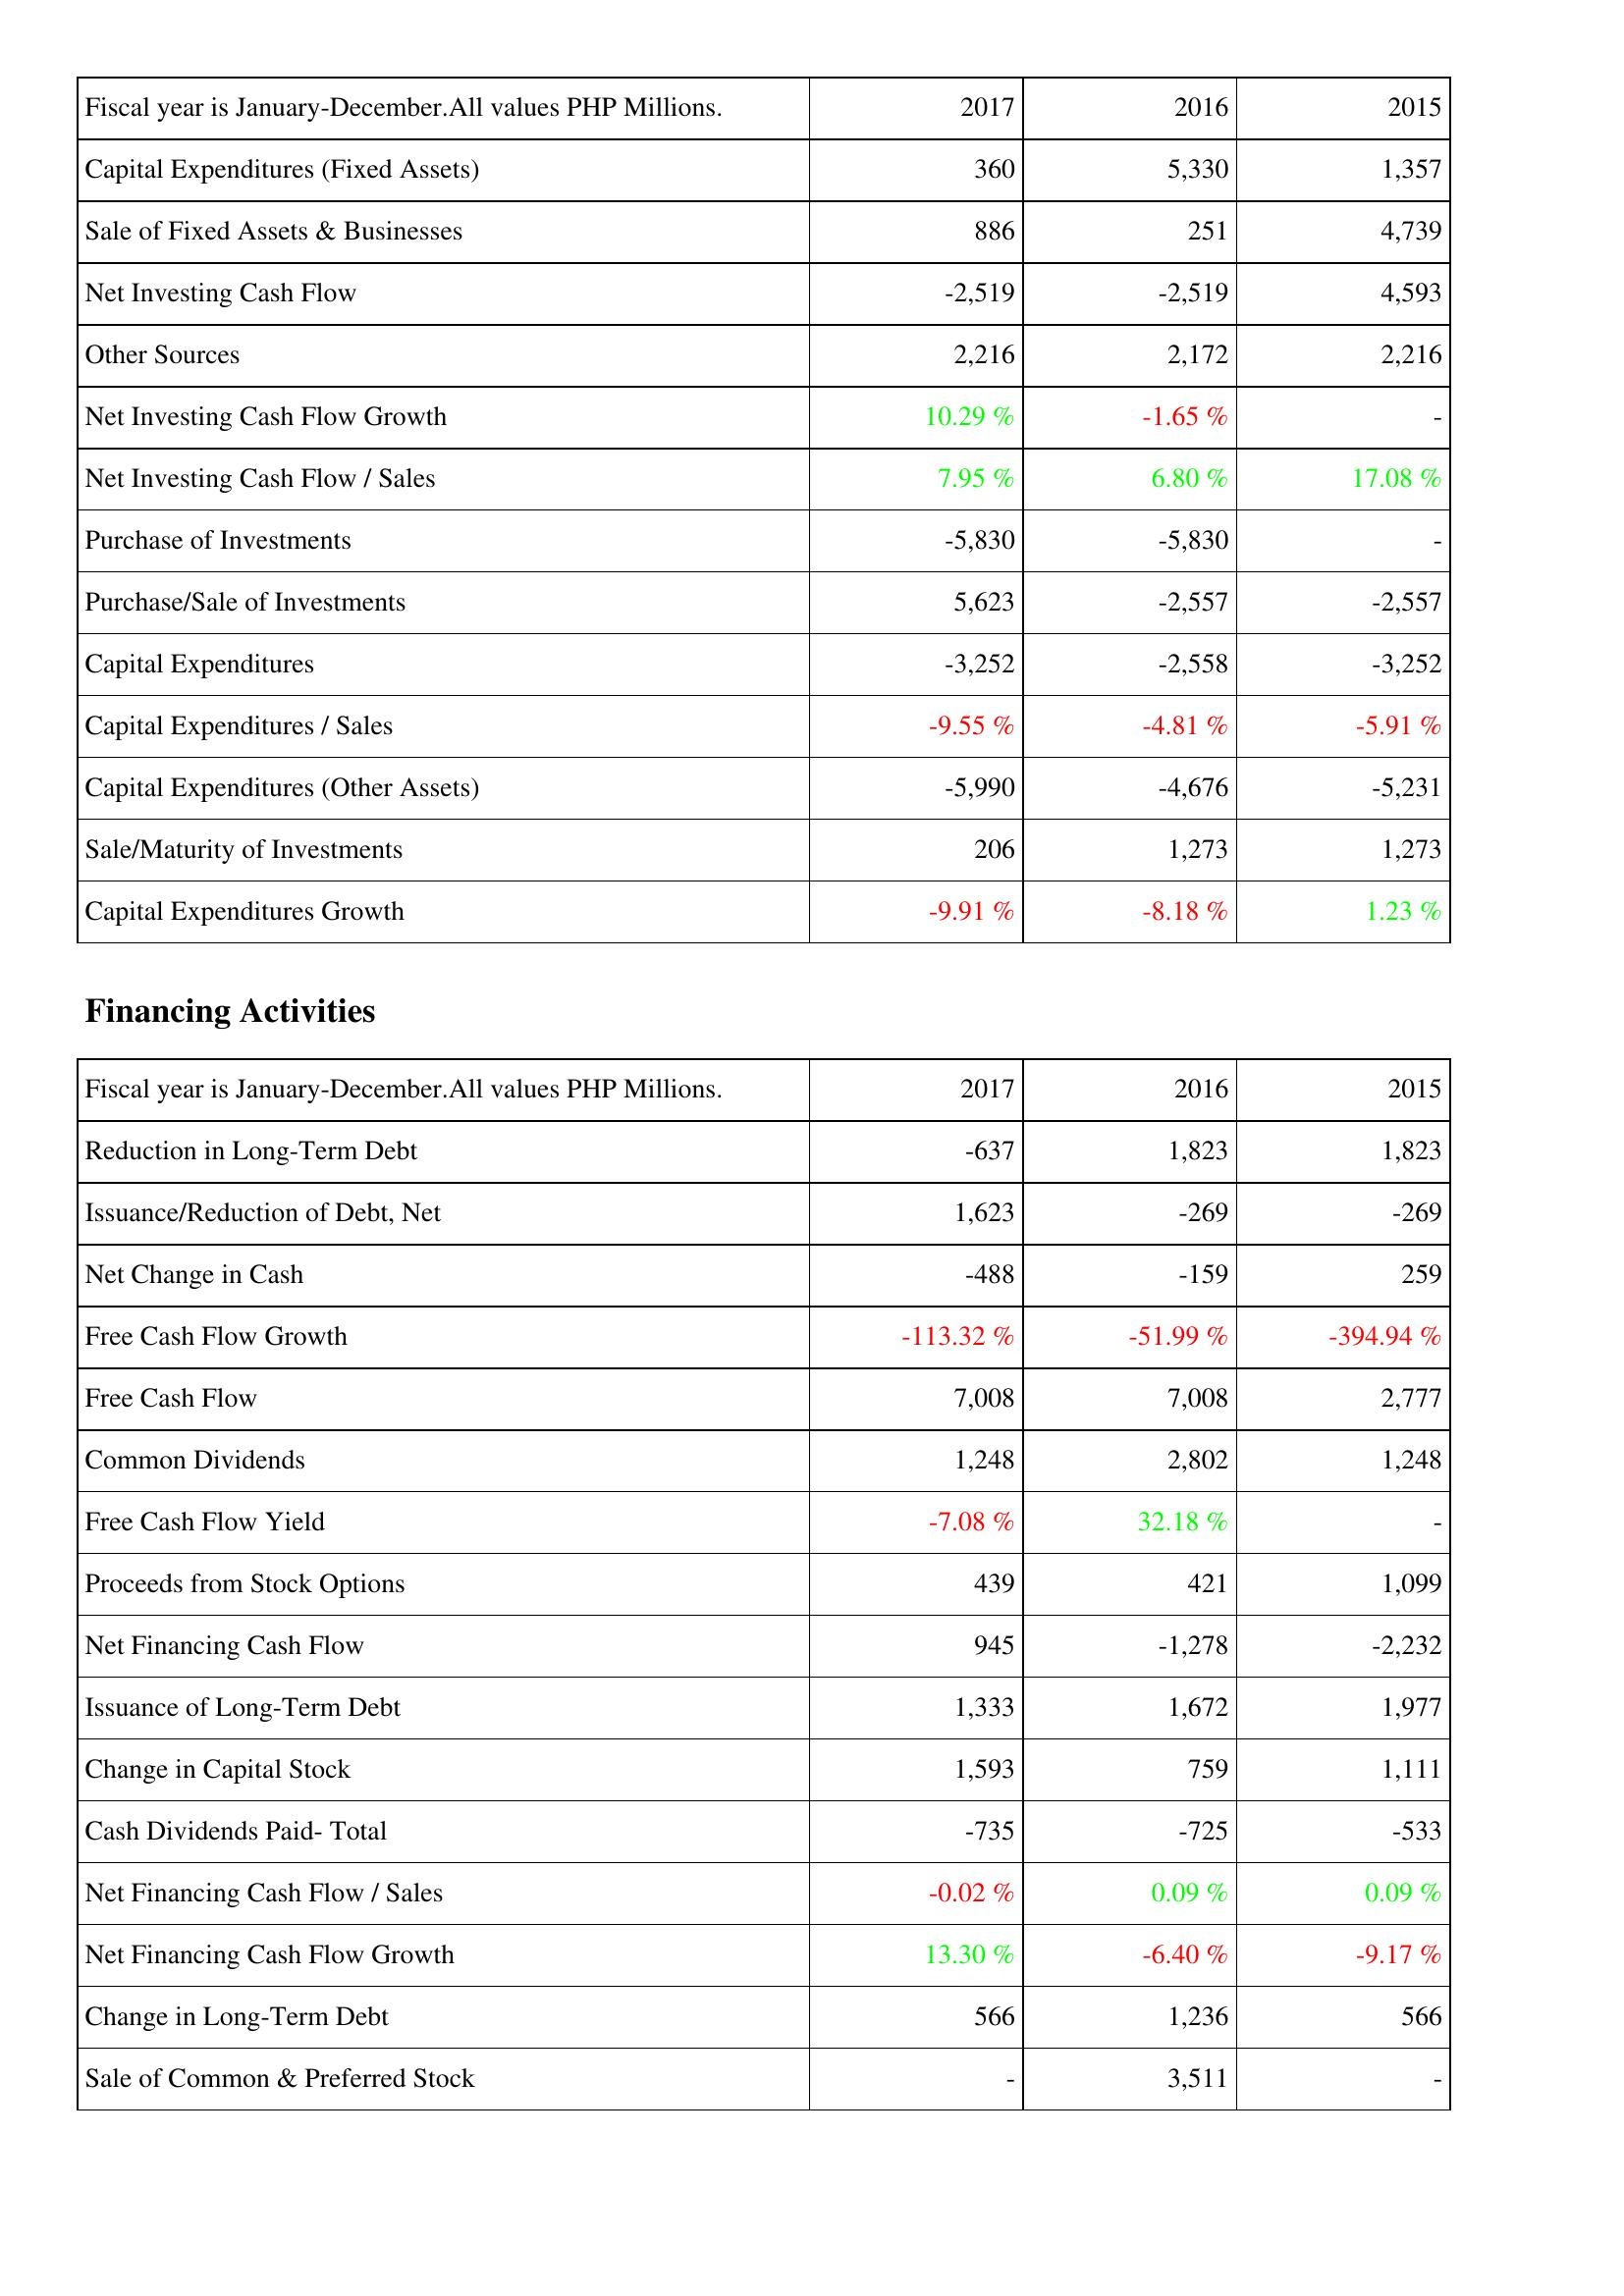
2017: Investing Activities: Capital Expenditures (Fixed Assets): 360
Sale of Fixed Assets & Businesses: 886
Net Investing Cash Flow: -2,519
Other Sources: 2,216
Net Investing Cash Flow Growth: 10.29 %
Net Investing Cash Flow / Sales: 7.95 %
Purchase of Investments: -5,830
Purchase/Sale of Investments: 5,623
Capital Expenditures: -3,252
Capital Expenditures / Sales: -9.55 %
Capital Expenditures (Other Assets): -5,990
Sale/Maturity of Investments: 206
Capital Expenditures Growth: -9.91 %
Financing Activities: Reduction in Long-Term Debt: -637
Issuance/Reduction of Debt, Net: 1,623
Net Change in Cash: -488
Free Cash Flow Growth: -113.32 %
Free Cash Flow: 7,008
Common Dividends: 1,248
Free Cash Flow Yield: -7.08 %
Proceeds from Stock Options: 439
Net Financing Cash Flow: 945
Issuance of Long-Term Debt: 1,333
Change in Capital Stock: 1,593
Cash Dividends Paid- Total: -735
Net Financing Cash Flow / Sales: -0.02 %
Net Financing Cash Flow Growth: 13.30 %
Change in Long-Term Debt: 566
Sale of Common & Preferred Stock: -
2016: Investing Activities: Capital Expenditures (Fixed Assets): 5,330
Sale of Fixed Assets & Businesses: 251
Net Investing Cash Flow: -2,519
Other Sources: 2,172
Net Investing Cash Flow Growth: -1.65 %
Net Investing Cash Flow / Sales: 6.80 %
Purchase of Investments: -5,830
Purchase/Sale of Investments: -2,557
Capital Expenditures: -2,558
Capital Expenditures / Sales: -4.81 %
Capital Expenditures (Other Assets): -4,676
Sale/Maturity of Investments: 1,273
Capital Expenditures Growth: -8.18 %
Financing Activities: Reduction in Long-Term Debt: 1,823
Issuance/Reduction of Debt, Net: -269
Net Change in Cash: -159
Free Cash Flow Growth: -51.99 %
Free Cash Flow: 7,008
Common Dividends: 2,802
Free Cash Flow Yield: 32.18 %
Proceeds from Stock Options: 421
Net Financing Cash Flow: -1,278
Issuance of Long-Term Debt: 1,672
Change in Capital Stock: 759
Cash Dividends Paid- Total: -725
Net Financing Cash Flow / Sales: 0.09 %
Net Financing Cash Flow Growth: -6.40 %
Change in Long-Term Debt: 1,236
Sale of Common & Preferred Stock: 3,511
2015: Investing Activities: Capital Expenditures (Fixed Assets): 1,357
Sale of Fixed Assets & Businesses: 4,739
Net Investing Cash Flow: 4,593
Other Sources: 2,216
Net Investing Cash Flow Growth: -
Net Investing Cash Flow / Sales: 17.08 %
Purchase of Investments: -
Purchase/Sale of Investments: -2,557
Capital Expenditures: -3,252
Capital Expenditures / Sales: -5.91 %
Capital Expenditures (Other Assets): -5,231
Sale/Maturity of Investments: 1,273
Capital Expenditures Growth: 1.23 %
Financing Activities: Reduction in Long-Term Debt: 1,823
Issuance/Reduction of Debt, Net: -269
Net Change in Cash: 259
Free Cash Flow Growth: -394.94 %
Free Cash Flow: 2,777
Common Dividends: 1,248
Free Cash Flow Yield: -
Proceeds from Stock Options: 1,099
Net Financing Cash Flow: -2,232
Issuance of Long-Term Debt: 1,977
Change in Capital Stock: 1,111
Cash Dividends Paid- Total: -533
Net Financing Cash Flow / Sales: 0.09 %
Net Financing Cash Flow Growth: -9.17 %
Change in Long-Term Debt: 566
Sale of Common & Preferred Stock: -